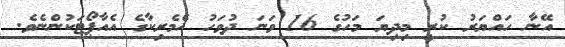
އޭނާ ހައްޔަރު ކުރީ މިދިޔަ މަހުގެ 16 ވަނަ ދުވަހު އެމެރިކާގެ އެއާޕޯޓަކުންނެވެ.